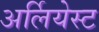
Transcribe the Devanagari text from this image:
अर्लियेस्ट